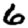
Digit: 6